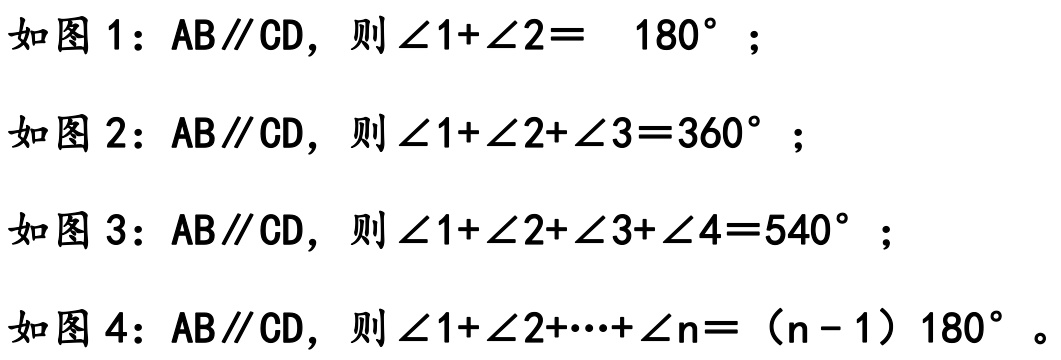
如图1：AB//CD，则$\angle 1 + \angle 2 = 180^{\circ}$；
如图2：AB//CD，则$\angle 1 + \angle 2 + \angle 3 = 360^{\circ}$；
如图3：AB//CD，则$\angle 1 + \angle 2 + \angle 3 + \angle 4 = 540^{\circ}$；
如图4：AB//CD，则$\angle 1 + \angle 2 + \cdots + \angle n = (n - 1)180^{\circ}$。